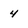
Character: 4